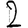
Digit: 2